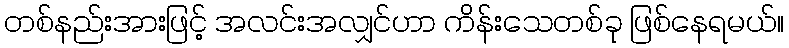
တစ်နည်းအားဖြင့် အလင်းအလျှင်ဟာ ကိန်းသေတစ်ခု ဖြစ်နေရမယ်။